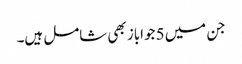
جن میں 5 جواباز بھی شامل ہیں۔